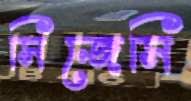
সিজেসি